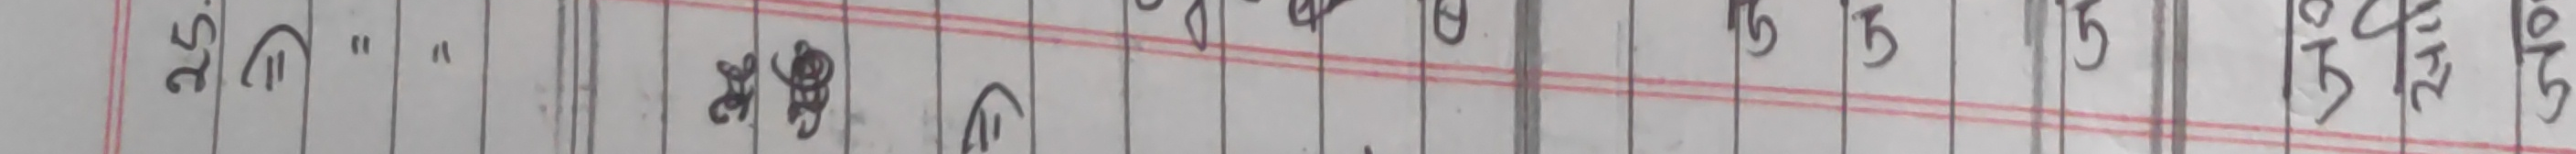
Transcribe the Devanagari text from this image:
२७"  " २९ (१) १६ १५ १५ १५ २७१/२ २७/२८